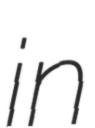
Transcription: in